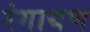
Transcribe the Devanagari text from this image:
रंगायण